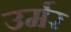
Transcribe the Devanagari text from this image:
उर्मर